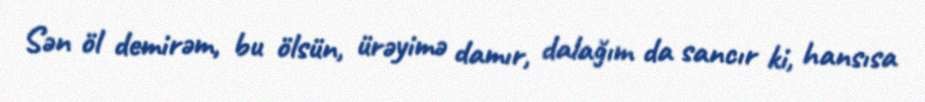
Sən öl demirəm, bu ölsün, ürəyimə damır, dalağım da sancır ki, hansısa